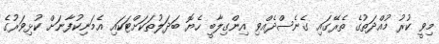
މިވީ ކުރު މުއްދަތުގެ ތެރޭގައި ގެނެސްދެއްވި އިންގިލާބީ ހެޔޮ ބަދަލުތަކަށްޓަކައި އެމަނިކުފާނަށް ކުޅިވަރުގެ